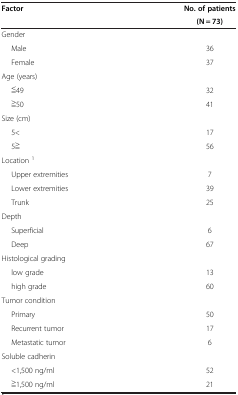
<table><thead><tr><td><b>Factor</b></td><td><b>No. of patients</b></td></tr><tr><td>[EMPTY_CELL]</td><td><b>(N = 73)</b></td></tr></thead><tbody><tr><td>Gender</td><td>[EMPTY_CELL]</td></tr><tr><td>Male</td><td>36</td></tr><tr><td>Female</td><td>37</td></tr><tr><td>Age (years)</td><td>[EMPTY_CELL]</td></tr><tr><td>≦49</td><td>32</td></tr><tr><td>≧50</td><td>41</td></tr><tr><td>Size (cm)</td><td>[EMPTY_CELL]</td></tr><tr><td>5&lt;</td><td>17</td></tr><tr><td>5≧</td><td>56</td></tr><tr><td>Location <sup>1</sup></td><td>[EMPTY_CELL]</td></tr><tr><td>Upper extremities</td><td>7</td></tr><tr><td>Lower extremities</td><td>39</td></tr><tr><td>Trunk</td><td>25</td></tr><tr><td>Depth</td><td>[EMPTY_CELL]</td></tr><tr><td>Superficial</td><td>6</td></tr><tr><td>Deep</td><td>67</td></tr><tr><td>Histological grading</td><td>[EMPTY_CELL]</td></tr><tr><td>low grade</td><td>13</td></tr><tr><td>high grade</td><td>60</td></tr><tr><td>Tumor condition</td><td>[EMPTY_CELL]</td></tr><tr><td>Primary</td><td>50</td></tr><tr><td>Recurrent tumor</td><td>17</td></tr><tr><td>Metastatic tumor</td><td>6</td></tr><tr><td>Soluble cadherin</td><td>[EMPTY_CELL]</td></tr><tr><td>&lt;1,500 ng/ml</td><td>52</td></tr><tr><td>≧1,500 ng/ml</td><td>21</td></tr></tbody></table>